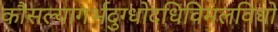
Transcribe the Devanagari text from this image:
कौसल्यागर्भदुग्धोदधिविमलविधो